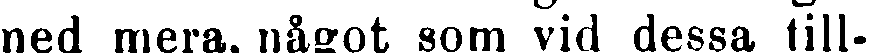
med mera något som vid dessa till-